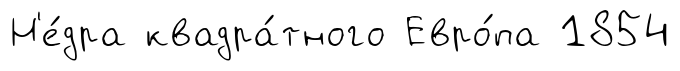
Н'е́дра квадра́тного Евро́па 1854